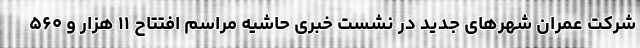
شرکت عمران شهرهای جدید در نشست خبری حاشیه مراسم افتتاح ۱۱ هزار و ۵۶۰